Vaccination in Bombay 1869-1873 - 1869-1873
Year: 1869
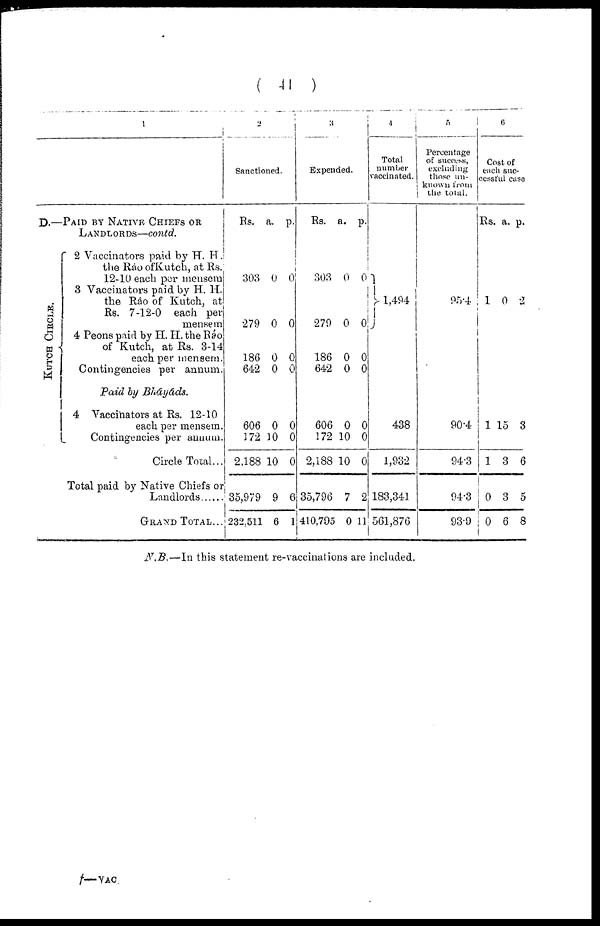
( 41 )
1
D.—PAID BY NATIVE CHIEFS OR
LANDLORDS—contd.
KUTCH CIRCLE.
2 Vaccinators paid by H. H.
the Ráo of Kutch, at Rs.
12-10 each per mensem
3 Vaccinators paid by H. H.
the Ráo of Kutch, at
Rs. 7-12-0 each per
mensem
4 Peons paid by H. H. the Ráo
of Kutch, at Rs. 3-14
each per mensem.
Contingencies per annum.
Paid by Bkáyáds.
4 Vaccinators at Rs. 12-10
each per mensem.
Contingencies per annum.
Circle Total...
Total paid by Native Chiefs or
Landlords ......
GRAND TOTAL...
2
Sanctioned.
Rs.
303
279
186
642
a.
0
0
0
0
p.
0
0
0
0
606
172
2,188
35,979
232,511
0
10
10
9
6
0
0
0
6
1
3
Expended.
Rs.
303
279
186
642
a.
0
0
0
0
p.
0
0
0
0
606
172
2,188
35,796
410,795
0
10
10
7
0
0
0
0
2
11
4
Total
number
vaccinated.
1,494
438
1,932
183,341
561,876
5
Percentage
Of Success,
excluding
those un-
known from
the total.
95.4
90.4
94.3
94.3
93.9
6
Cost of
each suc-
cessful case
Rs.
1
a.
0
p.
2
1
1
0
0
15
3
3
6
3
6
5
8
N.B.—In this statement re-vaccinations are included.
f— VAC.